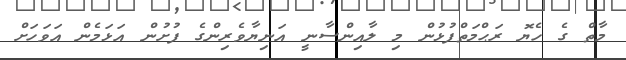
މާތް ގެ ހެޔޮ ރަޙްމަތްފުޅުން މި ލާއިންސާނީ އަނިޔާވެރިންގެ ފުށުން އަޅަމެން އަވަހަށް